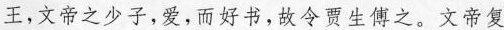
王，文帝之少子，爱，而好书，故令贾生傅之。文帝复